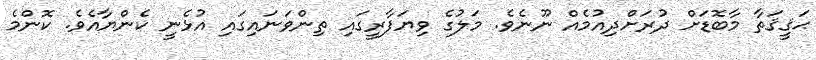
ޙަޤީޤަތާ މާބޮޑަށް ދުރަށްދިއުމެއް ނޫނެވެ. މަލުގެ ވިޔަފާރީގައި ތިންވަނައިގައި އުޅެނީ ކެންޔާއެވެ. ކޮންމެ